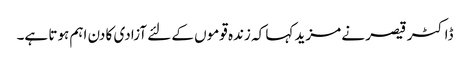
ڈاکٹر قیصر نے مزید کہا کہ زندہ قوموں کے لئے آزادی کا دن اہم ہوتا ہے۔